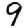
Digit: 9